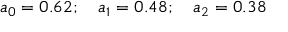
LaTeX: a _ { 0 } = 0 . 6 2 ; \quad a _ { 1 } = 0 . 4 8 ; \quad a _ { 2 } = 0 . 3 8